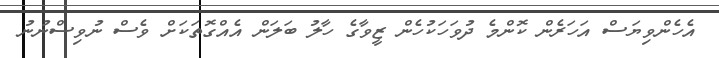
އެހެންވިޔަސް އަހަރެން ކޮންމެ ދުވަހަކުހެން ޒީވާގެ ހާލު ބަލަން އެއްގޮތަކަށް ވެސް ނުވިސްނުނު